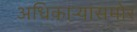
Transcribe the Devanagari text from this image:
अधिकाऱ्यांसमोर